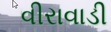
વીરાવાડી